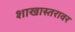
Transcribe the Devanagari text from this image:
शाखास्तरावर